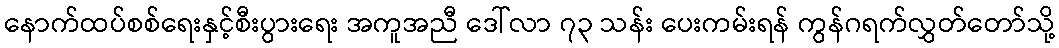
နောက်ထပ်စစ်ရေးနှင့်စီးပွားရေး အကူအညီ ဒေါ်လာ ၇၃ သန်း ပေးကမ်းရန် ကွန်ဂရက်လွှတ်တော်သို့